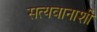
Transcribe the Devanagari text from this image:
सत्यवानाशी